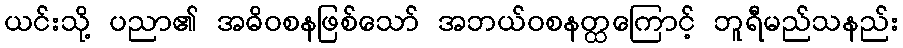
ယင်းသို့ ပညာ၏ အဓိဝစနဖြစ်သော် အဘယ်ဝစနတ္ထကြောင့် ဘူရီမည်သနည်း